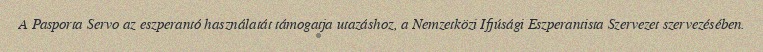
A Pasporta Servo az eszperantó használatát támogatja utazáshoz, a Nemzetközi Ifjúsági Eszperantista Szervezet szervezésében.